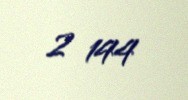
2 144